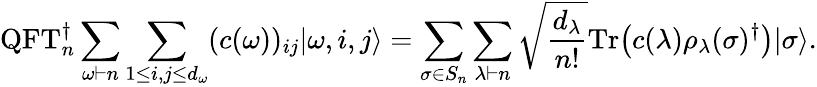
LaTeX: \mathrm{QFT}_{n}^{\dagger}\sum_{\omega\vdash n}\sum_{1\leq i,j\leq d_{\omega}}(c(\omega))_{ij}|\omega,i,j\rangle=\sum_{\sigma\in S_{n}}\sum_{\lambda\vdash n}\sqrt{\frac{d_{\lambda}}{n!}}{\mathrm{Tr}{\left(c(\lambda)\rho_{\lambda}(\sigma)^{\dagger}\right)}}|\sigma\rangle.